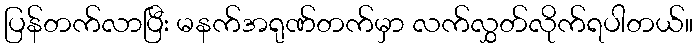
ပြန်တက်လာပြီး မနက်အရုဏ်တက်မှာ လက်လွှတ်လိုက်ရပါတယ်။